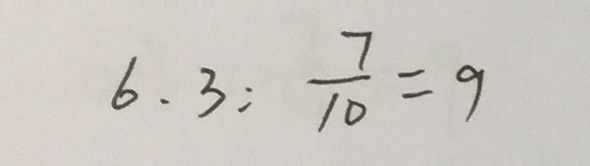
6 . 3 : \frac { 7 } { 1 0 } = 9